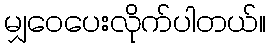
မျှဝေပေးလိုက်ပါတယ်။